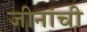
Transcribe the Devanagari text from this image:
जीनांची